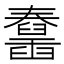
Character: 𦦱